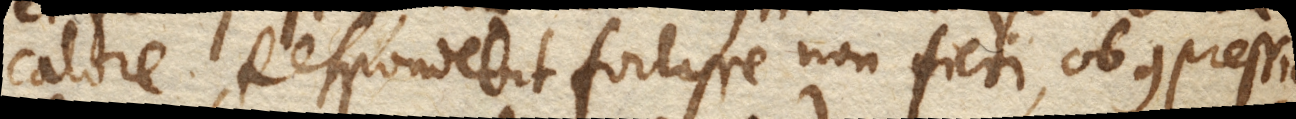
calore. Respondebit fortasse non fieri, ob compressio–